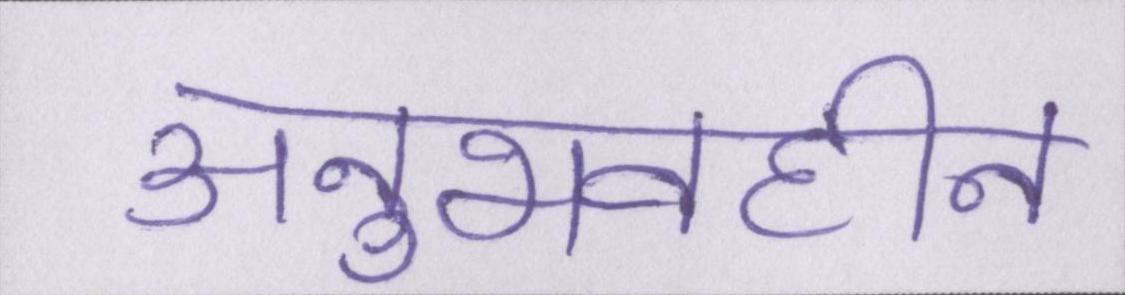
अनुभवहीन